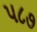
૫૮૭